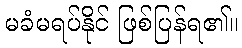
မခံမရပ်နိုင် ဖြစ်ပြန်ရ၏။